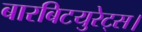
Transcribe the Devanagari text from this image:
बारबिटयुरेट्स।